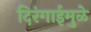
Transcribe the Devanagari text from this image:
दिरंगाईमुळे